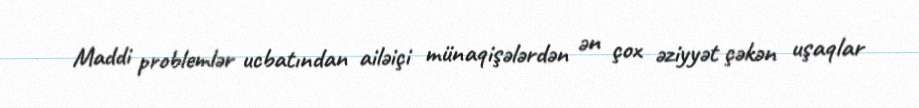
Maddi problemlər ucbatından ailəiçi münaqişələrdən ən çox əziyyət çəkən uşaqlar